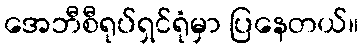
အေဘီစီရုပ်ရှင်ရုံမှာ ပြနေတယ်။